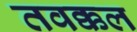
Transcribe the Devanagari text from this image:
तवक्कल